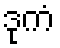
ဒုကံ